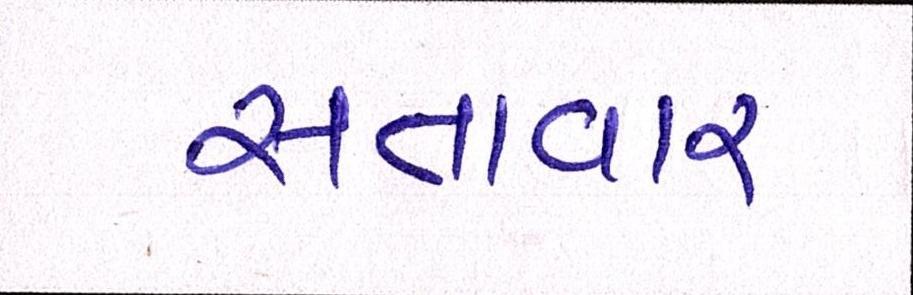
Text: સત્તાવાર